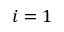
i = 1